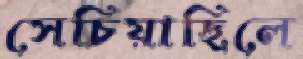
সেচিয়াছিলে